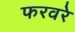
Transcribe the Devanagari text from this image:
फरवरे